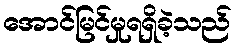
အောင်မြင်မှုရရှိခဲ့သည်